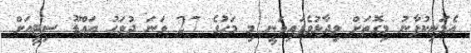
އެމަނިކުފާނު މިގޮތަށް ވިދާޅުވެފައިވަނީ މި މަހުގެ 27 ވަނަ ދުވަހު އައްޑޫ ސިޓީއަށް